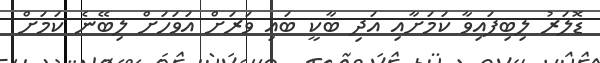
ޑޮލަރު ލިބިފައިވާ ކަމަށާއި އަދި ބާކީ ބައި ވަރަށް އަވަހަށް ލިބޭނެ ކަމަށް